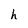
Character: h